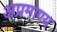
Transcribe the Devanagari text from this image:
अप्रमाण्य